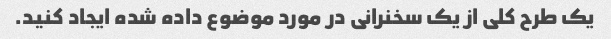
یک طرح کلی از یک سخنرانی در مورد موضوع داده شده ایجاد کنید.